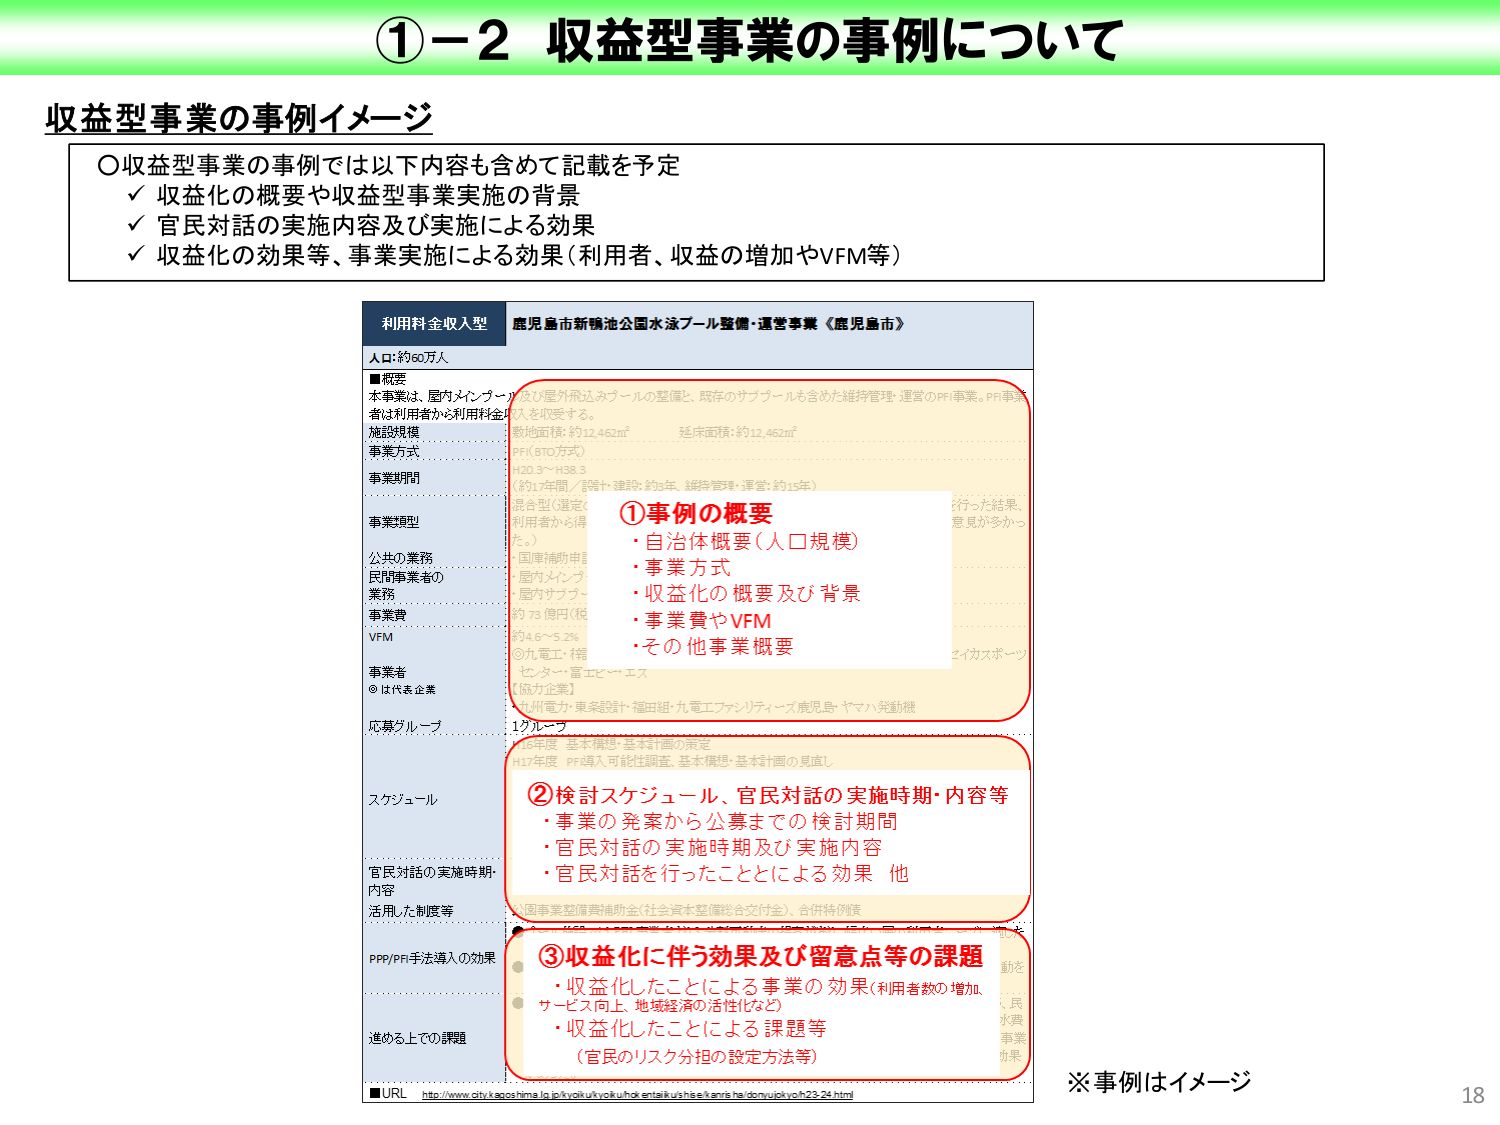
①－2 収益型事業の事例について

収益型事業の事例イメージ

〇収益型事業の事例では以下内容も含めて記載を予定
✓ 収益化の概要や収益型事業実施の背景
✓ 官民対話の実施内容及び実施による効果
✓ 収益化の効果等、事業実施による効果（利用者、収益の増加やVFM等）

利用料金収入型 鹿児島市新鴨池公園水泳プール整備・運営事業《鹿児島市》

人口：約60万人

■概要
本事業は、屋内メインプール及び屋外飛込みプールの整備と、既存のサブプールも含めた維持管理・運営のＰＦＩ事業。ＰＦＩ事業者は利用者から利用料金収入を収受する。

施設規模
敷地面積：約12,462㎡ 延床面積：約12,462㎡
ＰＦＫ（810方式）
Ｈ20.3～Ｈ38.3
（約17年間、設計・建設：約3年、維持管理・運営：約15年）

事業期間

事業形態
混合型（運営の利用者から得た。）

公共の業務
・国庫補助申請
民間事業者の業務
・屋内メインプール
・屋内サブプール
事業費
約73億円（税込）
VFM
約4.6～5.2%
事業者
◎九電工・横浜シティスポーツ
センターアー・富士ビービーエス
（協力企業）
九州電力・東条設計・福田組・九電工ファシリティーズ鹿児島・ヤマハ発動機

応募グループ
1グループ

スケジュール

官民対話の実施時期・内容

活用した制度等
・国庫実施整備補助金（社会資本整備総合交付金）、合併特例債

PPP/PFI手法導入の効果

進める上での課題

①事例の概要
・自治体概要（人口規模）
・事業方式
・収益化の概要及び背景
・事業費やVFM
・その他事業概要

②検討スケジュール、官民対話の実施時期・内容等
・事業の発案から公募までの検討期間
・官民対話の実施時期及び実施内容
・官民対話を行ったことによる効果 他

③収益化に伴う効果及び留意点等の課題
・収益化したことによる事業の効果（利用者数の増加、サービス向上、地域経済の活性化など）
・収益化したことによる課題等
（官民のリスク分担の設定方法等）

※事例はイメージ

■URL http://www.city.kagoshima.lg.jp/kyoiku/kyoiku/kouen/taikai/ushisei/kenkou/kenkou/kenkou22-24.html

18